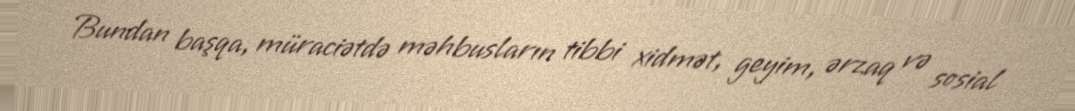
Bundan başqa, müraciətdə məhbusların tibbi xidmət, geyim, ərzaq və sosial